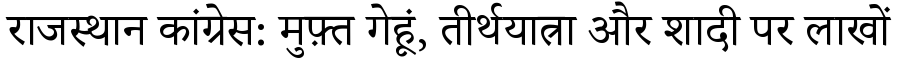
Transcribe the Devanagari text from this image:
राजस्थान कांग्रेस: मुफ़्त गेहूं, तीर्थयात्रा और शादी पर लाखों